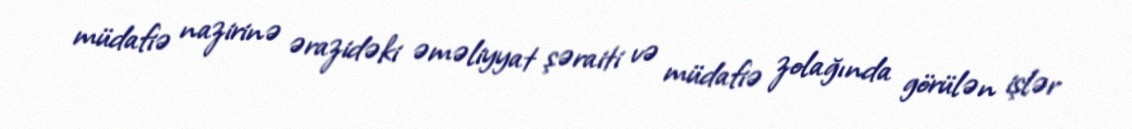
müdafiə nazirinə ərazidəki əməliyyat şəraiti və müdafiə zolağında görülən işlər